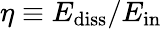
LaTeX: \eta\equiv E_{\mathrm{diss}}/E_{\mathrm{in}}